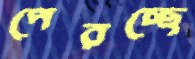
পেরচ্ছে